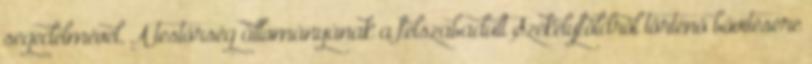
segedelmével. A testőrség állományának a felszabadult Székelyföldről történő bővítésére